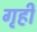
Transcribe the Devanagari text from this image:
गृहीं